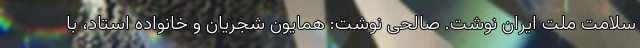
سلامت ملت ایران نوشت. صالحی نوشت: همایون شجریان و خانواده استاد، با